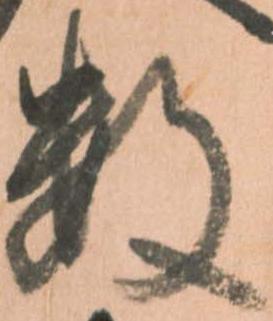
数